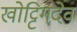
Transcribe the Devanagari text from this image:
खोट्टिगदेव